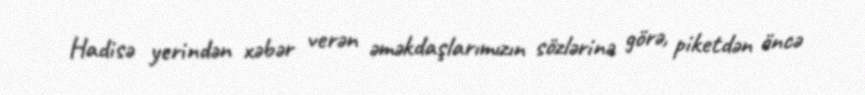
Hadisə yerindən xəbər verən əməkdaşlarımızın sözlərinə görə, piketdən öncə